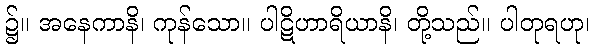
၌။ အနေကာနိ၊ ကုန်သော။ ပါဋိဟာရိယာနိ၊ တို့သည်။ ပါတုရဟု၊